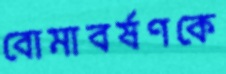
বোমাবর্ষণকে